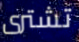
تشترى